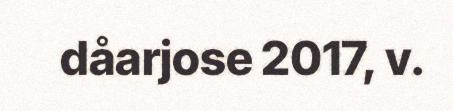
dåarjose 2017, v.